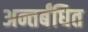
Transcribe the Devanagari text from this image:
अन्तर्बंधित